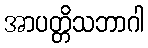
အာပတ္တိသဘာဂါ